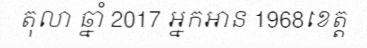
តុលា ឆ្នាំ 2017 អ្នកអាន 1968ខេត្ត